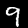
Label: 9